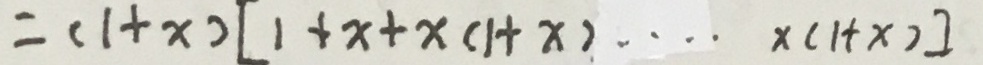
= ( 1 + x ) [ 1 + x + x ( 1 + x ) \cdots \times ( 1 + x ) ]